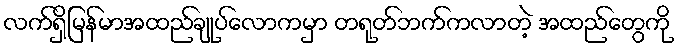
လက်ရှိမြန်မာအထည်ချုပ်လောကမှာ တရုတ်ဘက်ကလာတဲ့ အထည်တွေကို